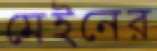
মেইনের